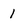
Character: 1